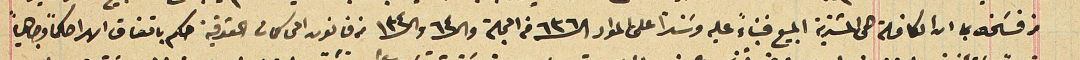
من فسَخه بما ان الكافلة هى المشترية المبيع فبناءً عليه وسنداً على المواد الـ ٦٣٦ فى المجلة والـ ٦٤ والـ ١٣٤ من قانون المحاكمات الحقوقية حكم باتفاق الارا حكماً وجاهياً